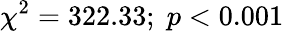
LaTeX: \chi^{2}=322.33;\; p<0.001